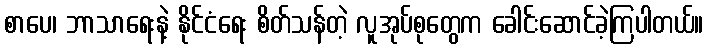
စာပေ၊ ဘာသာရေးနဲ့ နိုင်ငံရေး စိတ်သန်တဲ့ လူအုပ်စုတွေက ခေါင်းဆောင်ခဲ့ကြပါတယ်။